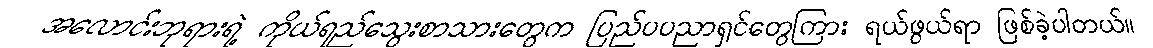
အလောင်းဘုရားရဲ့ ကိုယ်ရည်သွေးစာသားတွေက ပြည်ပပညာရှင်တွေကြား ရယ်ဖွယ်ရာ ဖြစ်ခဲ့ပါတယ်။